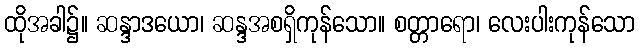
ထိုအခါ၌။ ဆန္ဒာဒယော၊ ဆန္ဒအစရှိကုန်သော။ စတ္တာရော၊ လေးပါးကုန်သော